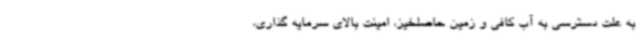
به علت دسترسی به آب کافی و زمین حاصلخیز، امینت بالای سرمایه گذاری،